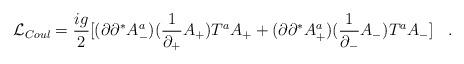
LaTeX: \begin{align*} {\cal L}_{Coul} = \frac{ig}{2}[ (\partial\partial^* A^a_-)(\frac{1}{\partial_+}A_+ ) T^a A_+ + (\partial\partial^* A^a_+)(\frac{1}{\partial_-}A_- ) T^a A_-] \;\;\;.\end{align*}